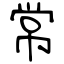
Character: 常